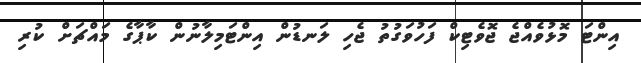
އިންޓަ މޮޅުވެއްޖެ ޖޮވެޓިކް ފަހުވަގުތު ޖެހި ލަނޑުން އިންޓަމިލާނުން ކާޕާގެ މައްޗަށް ކުރި